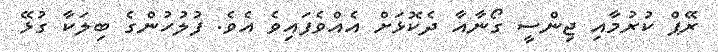
ރޭޕް ކުރުމާއި ޖިންސީ ގޯނާއާ ދެކޮޅަށް އެއްވެފައިވެ އެވެ. ފުލުހުންގެ ބިލަކާ ގުޅޭ